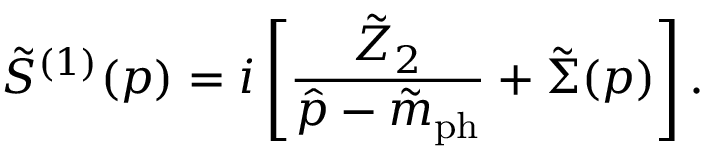
\tilde { S } ^ { ( 1 ) } ( p ) = i \left[ \frac { \tilde { Z } _ { 2 } } { \hat { p } - \tilde { m } _ { \mathrm { p h } } } + \tilde { \Sigma } ( p ) \right] .